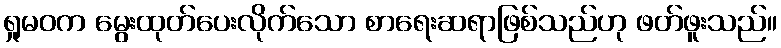
ရှုမဝက မွေးထုတ်ပေးလိုက်သော စာရေးဆရာဖြစ်သည်ဟု ဖတ်ဖူးသည်။